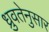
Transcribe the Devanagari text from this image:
ध्रुवतेनुसार